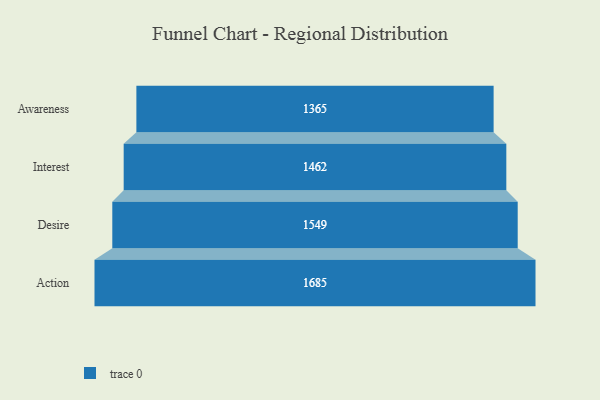
{"axis": {"x": "Stage", "y": "Value"}, "legend": [""], "data": [{"x": "Awareness", "y": 1365.0, "type": ""}, {"x": "Interest", "y": 1462.0, "type": ""}, {"x": "Desire", "y": 1549.0, "type": ""}, {"x": "Action", "y": 1685.0, "type": ""}]}